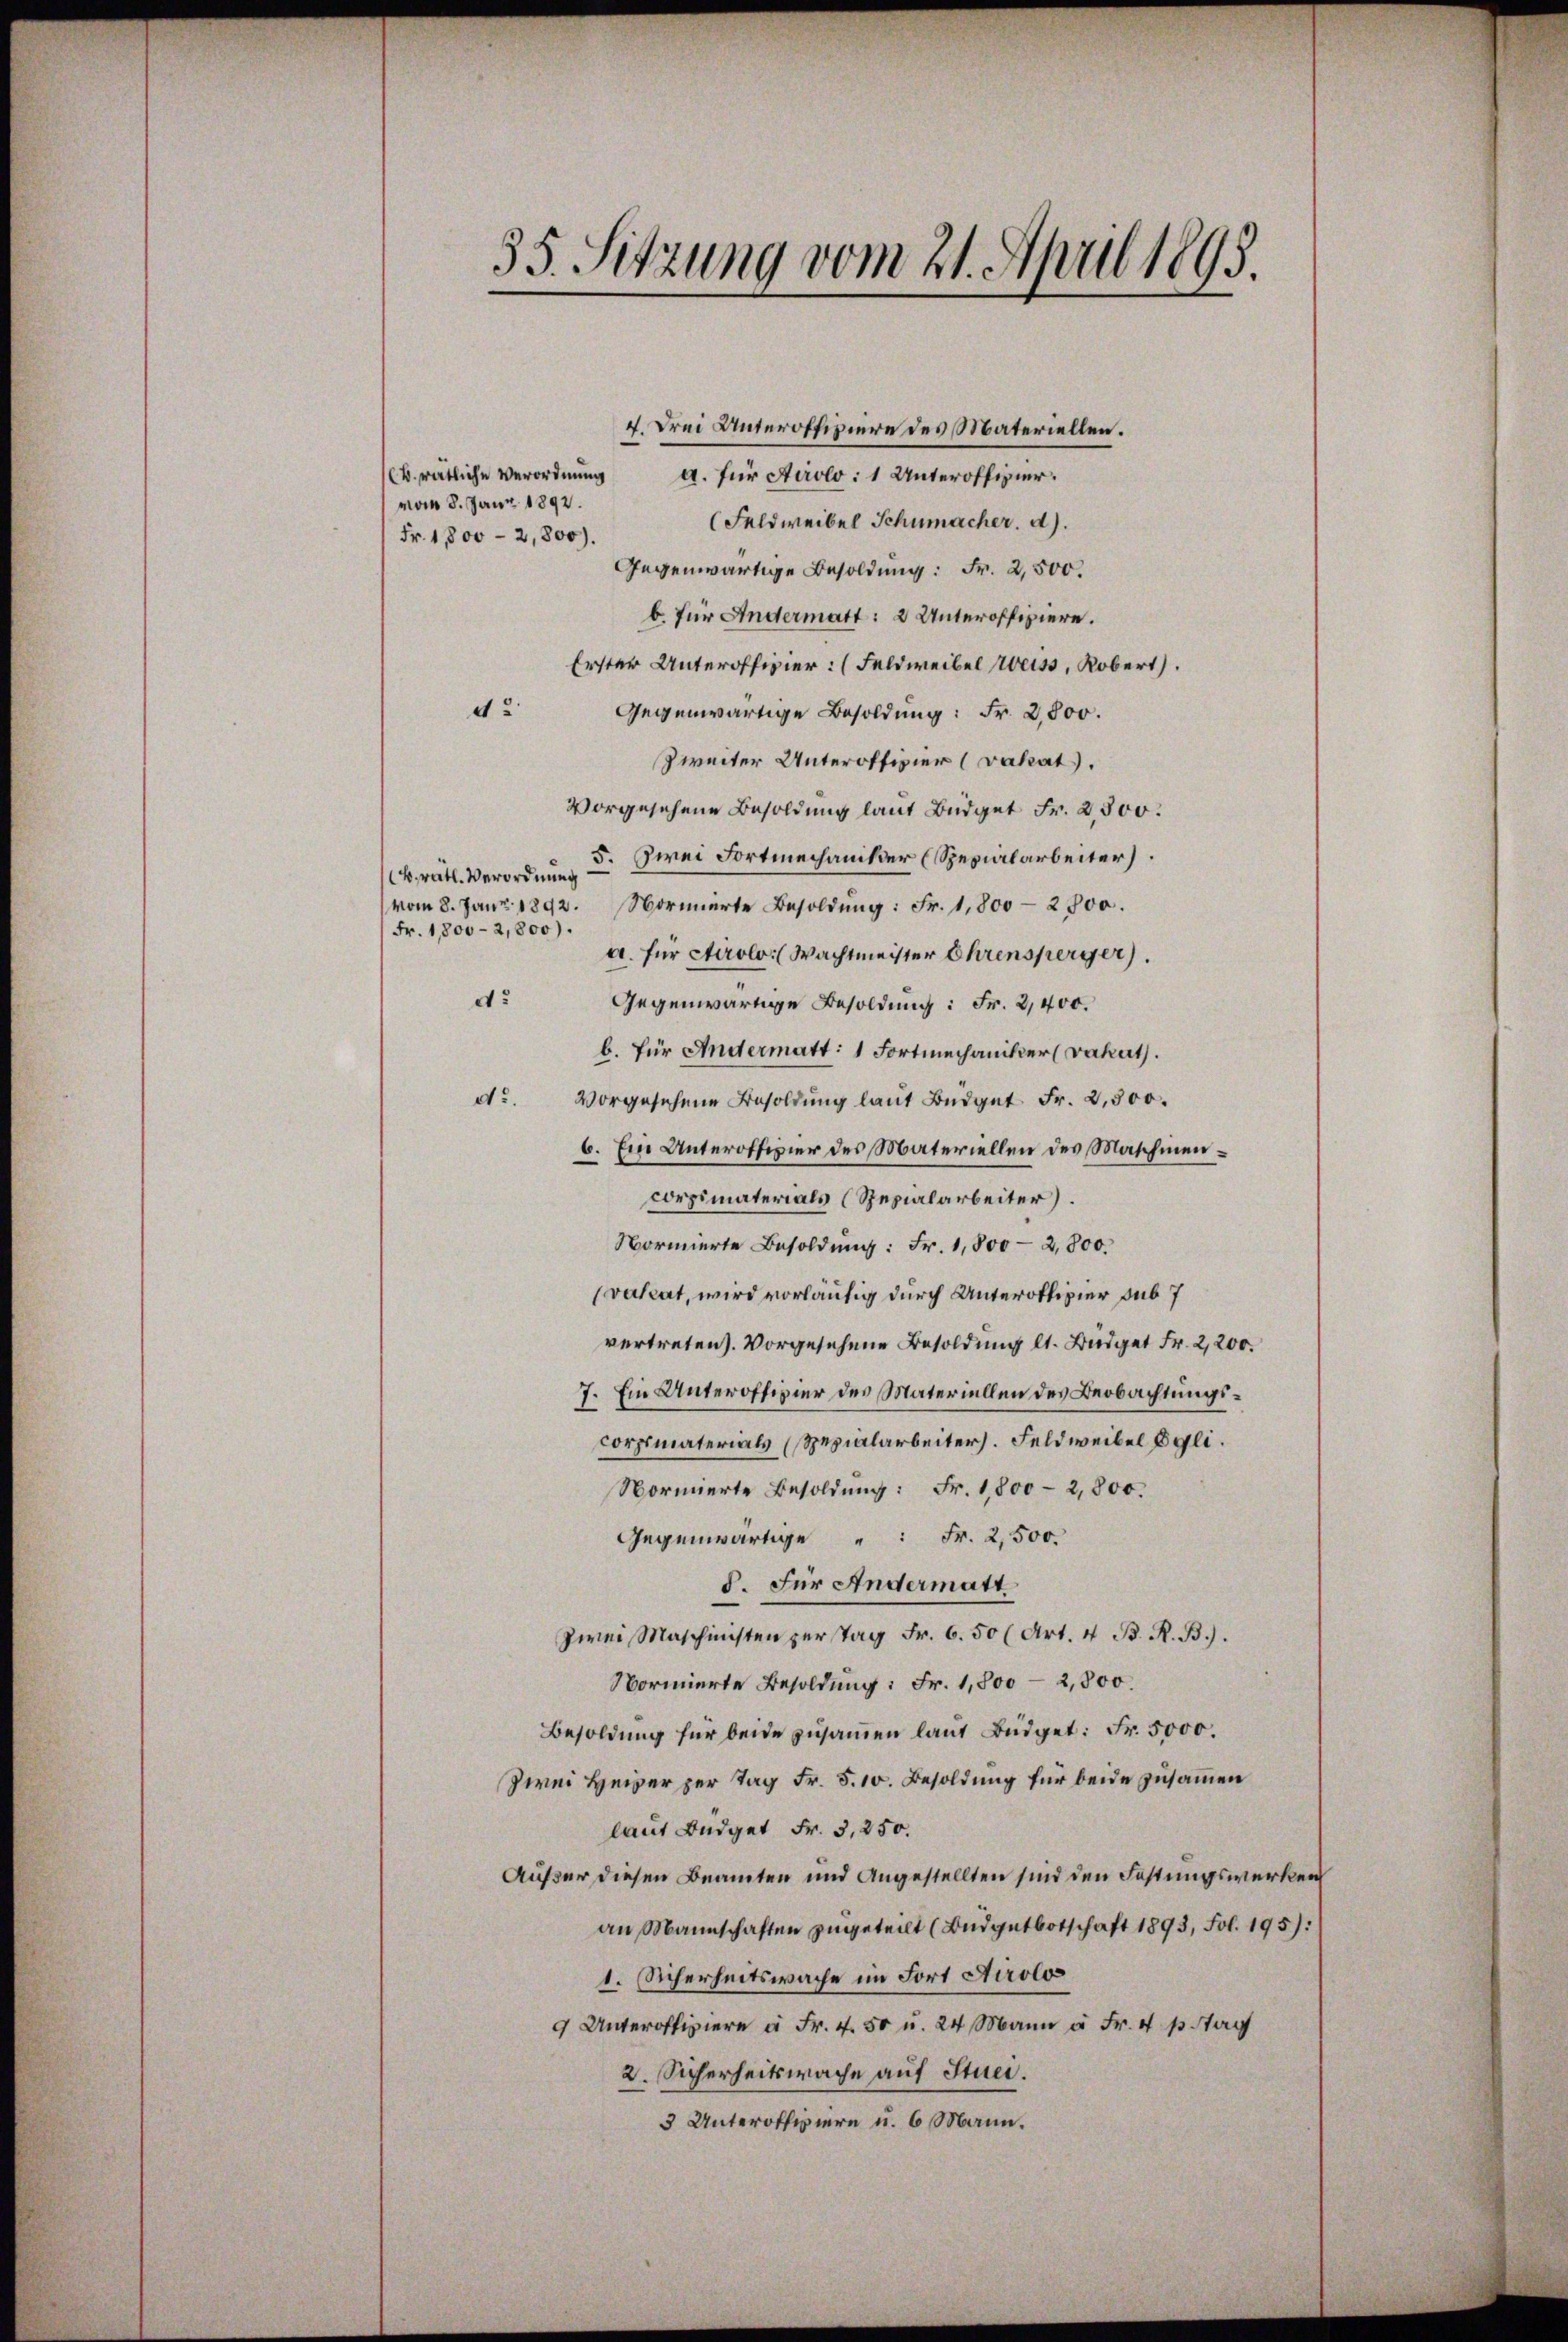
35. Sitzung vom 21. April 1895.

B. rätliche Verordnŭng a. für Airolo: 1 Unteroffizier.
vom 8. Juni 1892.
(Feldweibel Schumacher. d.
Fr. 1800 - 2,800).
Gegenwärtige Besoldung: Fr. 2,500.
b. für Andermatt: 2 Unteroffiziere.
Erster Unteroffizier: (Feldweibel Weiss, Kobert.
42
Gegenwärtige Besoldung: Fr. 2800.
Zweiter Unteroffizier (vahat.
vorgesehene Besoldung laut Büdget Fr. 2500.
5. Zwei Fortmechaniker (Spezialarbeiter.
krätl. Verordnung
vom 8. Juni 1892. Normierte Besoldŭng: Fr. 1,800-2800.
Fr. 1,800-2,800).
a. für Airolo. (Wachtmeister Ehrensperger).
d.
Gegenwärtige Besoldung: Fr. 2,400.
b. für Andermatt: 1 Fortmechaniker (vahat.
do. vorgesehene Besoldung laut Büdget Fr. 2,500.
6. Ein Unteroffizier des Materiellen des Maschinencorpimaterials (Spezialarbeiter).
Normierte Besoldung: Fr. 1,800-2,800.
valeat, wird vorläufig durch Unteroffizier sub 7
vertreten. Vorgesehene Besoldung lt. Büdget Fr. 2,200.
7. Ein Unteroffizier des Materiellen des Beobachtungscorpimaterials (Spezialarbeiters. Feldweibel Egli.
Normierte Besoldung: Fr. 1,800-2,800.
Gegenwärtige Fr. 2,500.
§. Für Andermatt
zwei Maschinisten per tag Fr. 6. 50 (Art. 4 B. R. B.).
Normierte Besoldung: Fr. 1,800 — 2,800.
Besoldung für beide zusammen laut Büdget: Fr. 5000.
zwei Heizer per Tag Fr. 5. 10. Besoldung für beide zusammen
laut Budget Fr. 3, 250.
Außer diesen Beamten und Angestellten sind den Festungswerken
an Mannschaften zugeteilt (Budgetbotschaft 1893, Fol. 195):
1. Sicherheitswache im Fort Airolo
9 Unteroffiziere à Fr. 4. 50 u. 24 Mann u. Fr. 4 p. ag
2. Sicherheitswache auf Stuer.
3 Unteroffiziere u. 6 Mann.

4. drei Unteroffiziere des Materiellen.